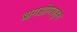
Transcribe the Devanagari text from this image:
बागडोगराहून